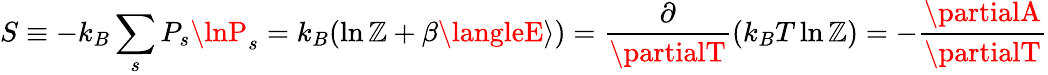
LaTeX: S\equiv-k_{B}\sum_{s}P_{s}\lnP_{s}=k_{B}(\ln\mathbb{Z}+\beta\langleE\rangle)={\frac{{\partial}}{{\partialT}}}(k_{B}T\ln\mathbb{Z})=-{\frac{{\partialA}}{{\partialT}}}